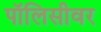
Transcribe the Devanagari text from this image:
पॉलिसीवर